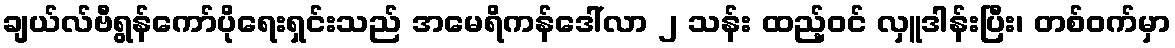
ချယ်လ်ဗီရွန်ကော်ပိုရေးရှင်းသည် အမေရိကန်ဒေါ်လာ ၂ သန်း ထည့်ဝင် လှူဒါန်းပြီး၊ တစ်ဝက်မှာ